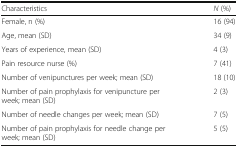
| Characteristics | N (%) |
 | --- | --- |
 | Female, n (%) | 16 (94) |
 | Age, mean (SD) | 34 (9) |
 | Years of experience, mean (SD) | 4 (3) |
 | Pain resource nurse (%) | 7 (41) |
 | Number of venipunctures per week; mean (SD) | 18 (10) |
 | Number of pain prophylaxis for venipuncture per week; mean (SD) | 2 (3) |
 | Number of needle changes per week; mean (SD) | 7 (5) |
 | Number of pain prophylaxis for needle change per week; mean (SD) | 5 (5) |